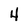
Character: 4